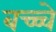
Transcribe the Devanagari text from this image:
बच्च्चे